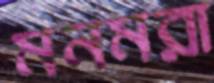
মনমরা